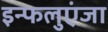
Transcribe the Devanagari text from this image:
इन्फलुएंजा